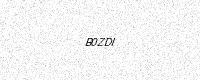
Text: B0ZDI